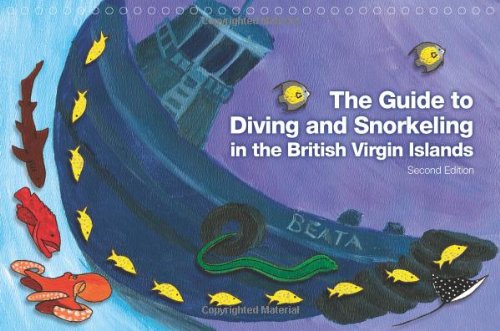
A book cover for The Guide to Diving and Snorkeling in the British Virgin Islands, Second Edition; Jeff Williams; Sports & Outdoors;